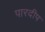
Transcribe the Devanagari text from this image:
पारदीप